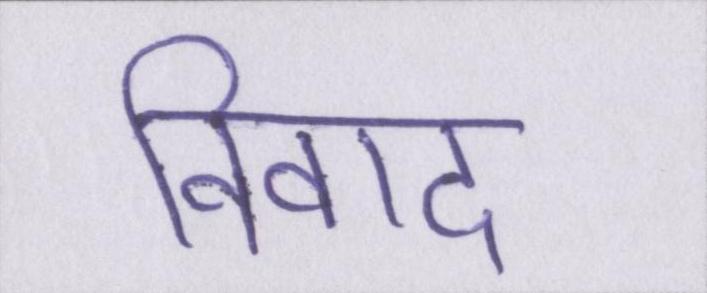
विवाद